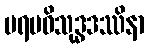
ပရမဝိသုဒ္ဓဒဿိနာ